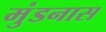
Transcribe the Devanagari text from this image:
मुंडनास